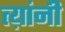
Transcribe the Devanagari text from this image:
त्य़ांनी